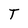
Character: T